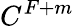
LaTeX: C^{F+m}